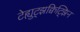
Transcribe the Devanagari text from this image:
टेह्युट्झक्विट्झिन